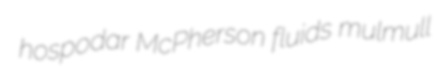
hospodar McPherson fluids mulmull